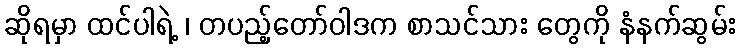
ဆိုရမှာ ထင်ပါရဲ့ ၊ တပည့်တော်ဝါဒက စာသင်သား တွေကို နံနက်ဆွမ်း